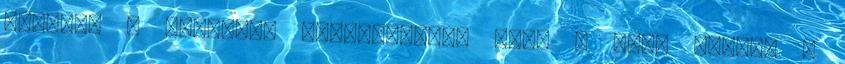
színezi a rengeteg boldogságot, amit a baba nyújt. A